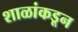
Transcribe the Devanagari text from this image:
शाळांकडून